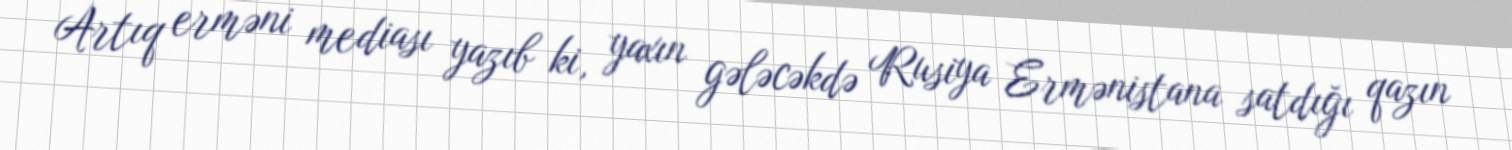
Artıq erməni mediası yazıb ki, yaxın gələcəkdə Rusiya Ermənistana satdığı qazın